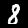
Digit: 8